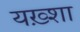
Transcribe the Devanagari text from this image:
यख़्शा